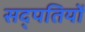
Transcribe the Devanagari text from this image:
सद्पतियों